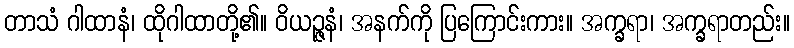
တာသံ ဂါထာနံ၊ ထိုဂါထာတို့၏။ ဝိယဉ္ဇနံ၊ အနက်ကို ပြကြောင်းကား။ အက္ခရာ၊ အက္ခရာတည်း။